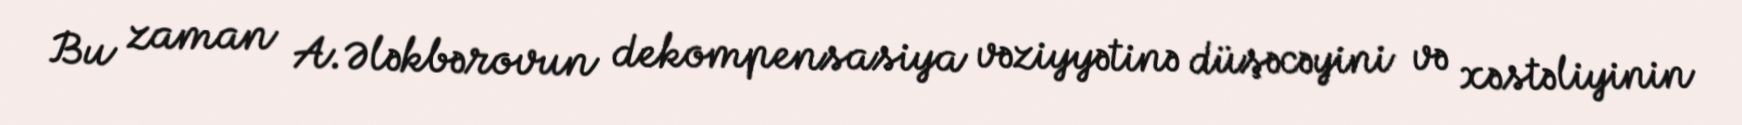
Bu zaman A.Ələkbərovun dekompensasiya vəziyyətinə düşəcəyini və xəstəliyinin